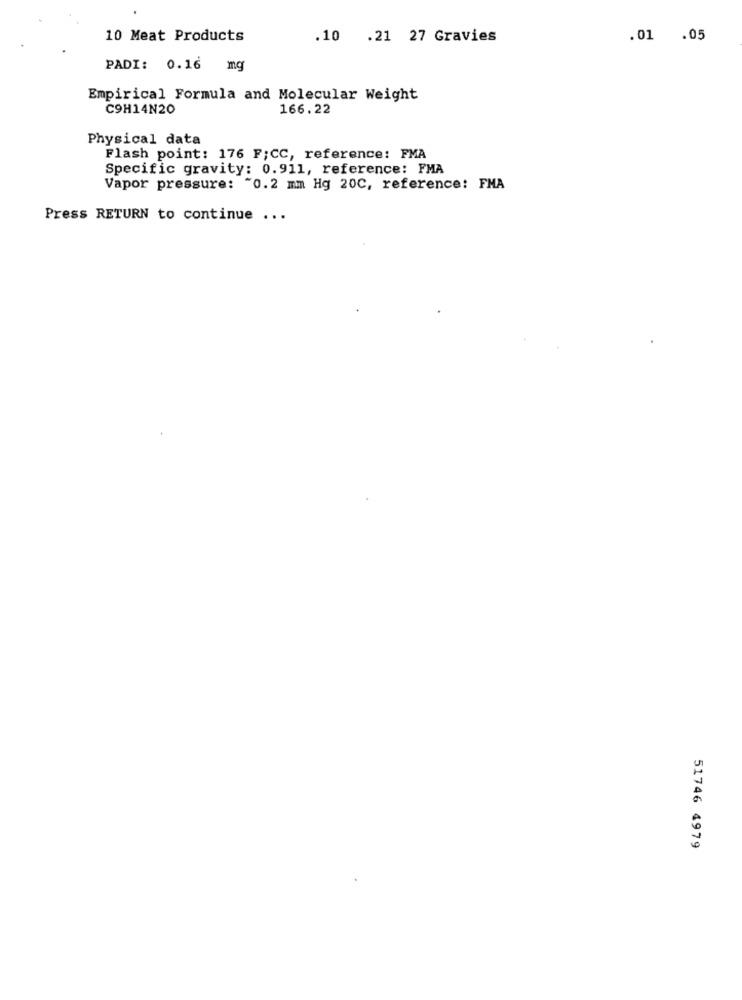
10 Meat Products
.10 .21 27 Gravies
.01 .05
PADI: 0.16
Empirical Formula and Molecular Weight
C9H14N20
166.22
Physical data
Flash point: 176 F;CC, reference: FMA
Specific gravity: 0.911, reference: FMA
Vapor pressure: "0.2 mm Hg 20C, reference: FMA
Press RETURN to continue ...
51746 4979